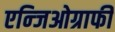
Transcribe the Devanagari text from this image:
एन्जिओग्राफी